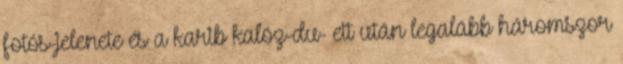
fotós-jelenete és a karib kalóz-du- ett után legalább háromszor